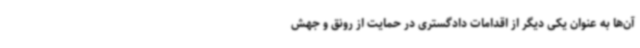
آن‌ها به عنوان یکی دیگر از اقدامات دادگستری در حمایت از رونق و جهش